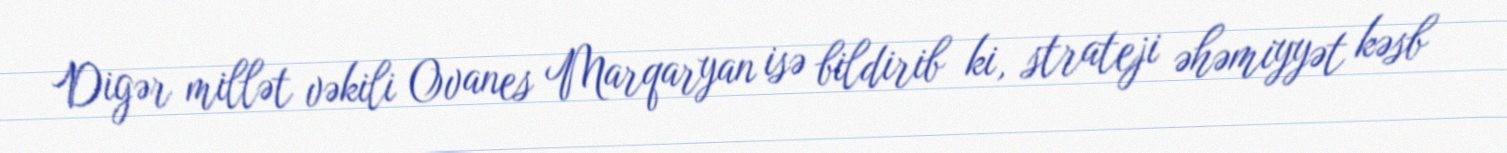
Digər millət vəkili Ovanes Marqaryan isə bildirib ki, strateji əhəmiyyət kəsb